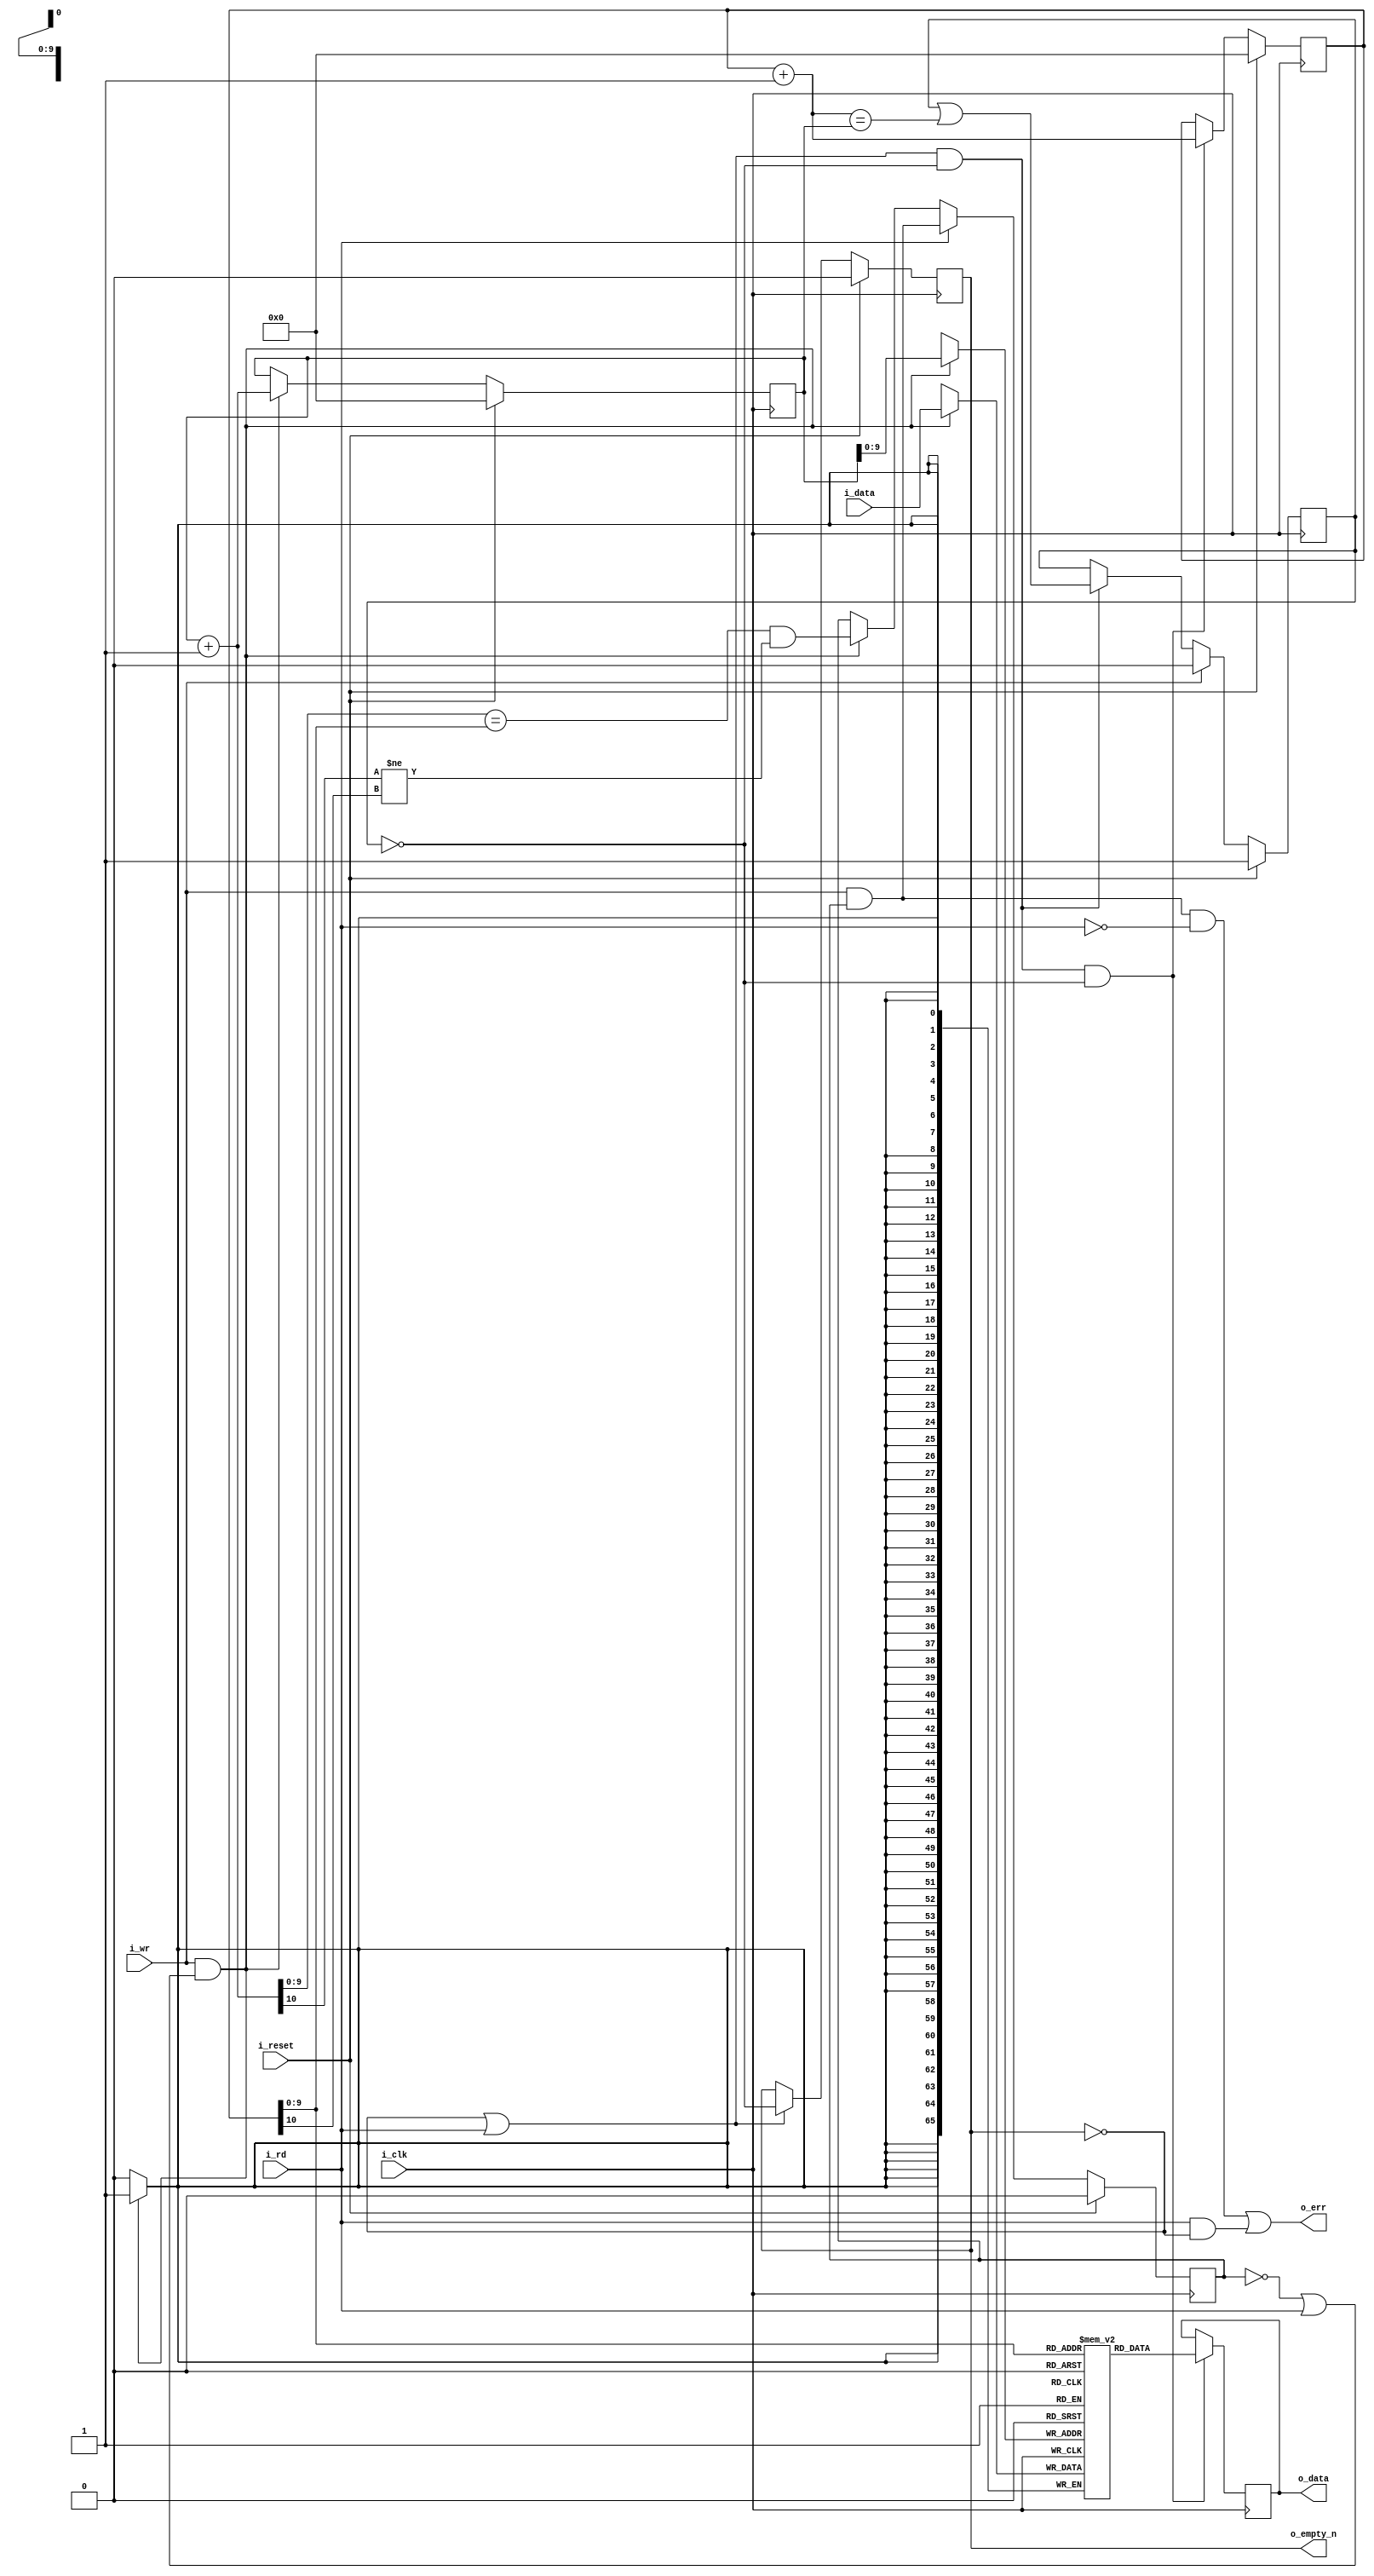
////////////////////////////////////////////////////////////////////////////////
//
//
// Project:	FPGA library
//
// Purpose:	This was once a FIFO for a UART ... but now it works as a
//		synchronous FIFO for JTAG-wishbone conversion 36-bit codewords. 
//
//
// Creator:	Dan Gisselquist, Ph.D.
//		Gisselquist Technology, LLC
//
////////////////////////////////////////////////////////////////////////////////
//
// Copyright (C) 2015-2020, Gisselquist Technology, LLC
//
// This program is free software (firmware): you can redistribute it and/or
// modify it under the terms of  the GNU General Public License as published
// by the Free Software Foundation, either version 3 of the License, or (at
// your option) any later version.
//
// This program is distributed in the hope that it will be useful, but WITHOUT
// ANY WARRANTY; without even the implied warranty of MERCHANTIBILITY or
// FITNESS FOR A PARTICULAR PURPOSE.  See the GNU General Public License
// for more details.
//
// You should have received a copy of the GNU General Public License along
// with this program.  (It's in the $(ROOT)/doc directory.  Run make with no
// target there if the PDF file isn't present.)  If not, see
// <http://www.gnu.org/licenses/> for a copy.
//
// License:	GPL, v3, as defined and found on www.gnu.org,
//		http://www.gnu.org/licenses/gpl.html
//
//
////////////////////////////////////////////////////////////////////////////////
//
//
`default_nettype none
//
module wbufifo(i_clk, i_reset, i_wr, i_data, i_rd, o_data, o_empty_n, o_err);
	parameter	BW=66, LGFLEN=10;
	input	wire		i_clk, i_reset;
	input	wire		i_wr;
	input	wire [(BW-1):0]	i_data;
	input	wire		i_rd;
	output	reg [(BW-1):0]	o_data;
	output	reg		o_empty_n;
	output	wire		o_err;

	localparam	FLEN=(1<<LGFLEN);

	reg	[(BW-1):0]	fifo[0:(FLEN-1)];
	reg	[LGFLEN:0]	r_wrptr, r_rdptr;
	wire	[LGFLEN:0]	nxt_wrptr, nxt_rdptr;
	reg			will_overflow,will_underflow, r_empty_n;
	wire			w_write, w_read;

	assign	w_write = (i_wr && (!will_overflow || i_rd));
	assign	w_read  = (i_rd||!o_empty_n) && !will_underflow;

	assign	nxt_wrptr = r_wrptr + 1;
	assign	nxt_rdptr = r_rdptr + 1;

	initial	will_overflow = 1'b0;
	always @(posedge i_clk)
	if (i_reset)
		will_overflow <= 1'b0;
	else if (i_rd)
		will_overflow <= (will_overflow)&&(i_wr);
	else if (w_write)
		will_overflow <= (nxt_wrptr[LGFLEN-1:0] == r_rdptr[LGFLEN-1:0])
			&&(nxt_wrptr[LGFLEN] != r_rdptr[LGFLEN]);
	// else if (nxt_wrptr == r_rdptr)
	//	will_overflow <= 1'b1;

	// Write
	initial	r_wrptr = 0;
	always @(posedge i_clk)
	if (i_reset)
		r_wrptr <= 0;
	else if (w_write)
		r_wrptr <= nxt_wrptr;

	always @(posedge i_clk)
	if (w_write)
		fifo[r_wrptr[LGFLEN-1:0]] <= i_data;

	// Reads
	//	Following a read, the next sample will be available on the
	//	next clock
	//	Clock	ReadCMD	ReadAddr	Output
	//	0	0	0		fifo[0]
	//	1	1	0		fifo[0]
	//	2	0	1		fifo[1]
	//	3	0	1		fifo[1]
	//	4	1	1		fifo[1]
	//	5	1	2		fifo[2]
	//	6	0	3		fifo[3]
	//	7	0	3		fifo[3]
	initial	will_underflow = 1'b1;
	always @(posedge i_clk)
	if (i_reset)
		will_underflow <= 1'b1;
	else if (i_wr)
		will_underflow <= 1'b0;
	else if (w_read)
		will_underflow <= (will_underflow) || (nxt_rdptr==r_wrptr);

	initial	r_rdptr = 0;
	always @(posedge i_clk)
	if (i_reset)
		r_rdptr <= 0;
	else if (w_read && r_empty_n)
		r_rdptr <= r_rdptr + 1;

	always @(posedge i_clk)
	if (w_read && r_empty_n)
		o_data<= fifo[r_rdptr[LGFLEN-1:0]];

	assign	o_err = ((i_wr)&&(will_overflow)&&(!i_rd))
				||(i_rd && !o_empty_n);

	always @(*)
		r_empty_n = !will_underflow;

	initial	o_empty_n = 1'b0;
	always @(posedge i_clk)
	if (i_reset)
		o_empty_n <= 1'b0;
	else if (!o_empty_n || i_rd)
		o_empty_n <= r_empty_n;

`ifdef	FORMAL
	reg	[LGFLEN:0]	f_fifo_fill;

	always @(*)
		assert(r_empty_n == (f_fifo_fill != 0));
	always @(*)
		assert(r_empty_n == !will_underflow);
	always @(*)
	if (f_fifo_fill > 1)
		assert(o_empty_n);
	always @(*)
		assert(will_underflow == (f_fifo_fill == 0));
	always @(*)
		f_fifo_fill = r_wrptr - r_rdptr;

	always @(*)
		assert(f_fifo_fill <= (1<<LGFLEN));

	always @(*)
		assert(will_overflow == (f_fifo_fill == {1'b1,{(LGFLEN){1'b0}}}));


	always @(*)
	if (!f_past_valid)
	begin
		assert(!r_empty_n);
		assert(!o_empty_n);
		assert(f_fifo_fill == 0);
		assert(r_wrptr == 0);
		assert(r_rdptr == 0);
	end

	////////////////////////////////////////////////////////////////////////
	//
	// Formal methods section
	//
	////////////////////////////////////////////////////////////////////////
	//
	//
	reg	f_past_valid;
	initial	f_past_valid = 0;
	always @(posedge i_clk)
		f_past_valid <= 1;

	(* anyconst *) reg	[LGFLEN:0]	f_first_addr;
	reg	[BW-1:0]	f_first, f_second;
	reg	[LGFLEN:0]	f_second_addr, f_third_addr;
	reg			f_first_in_fifo, f_second_in_fifo;
	reg	[LGFLEN:0]	f_distance_to_first, f_distance_to_second;

	always @(*)
		f_second_addr = f_first_addr + 1;

	always @(*)
		f_third_addr = f_second_addr + 1;

	always @(posedge i_clk)
	if ((!i_reset)&&(w_write))
	begin
		if (r_wrptr == f_first_addr)
			f_first <= i_data;
		if (r_wrptr == f_second_addr)
			f_second <= i_data;
	end

/*
	always @(posedge i_clk)
	if (i_rd && f_first_in_fifo && (r_rdptr == f_first_addr) && !will_underflow)
		assert(o_data == f_first);

	always @(posedge i_clk)
	if (i_rd && f_second_in_fifo && (r_rdptr == f_second_addr) && !will_underflow)
		assert(o_data == f_second);
*/

	////////////////////////////////////////////////////////////////////////
	//
	// Induction properties
	//
	////////////////////////////////////////////////////////////////////////
	//
	//
	reg	[1:0]	f_state;

	always @(*)
	begin
		f_distance_to_first = (f_first_addr - r_rdptr);
		f_first_in_fifo = (f_distance_to_first < f_fifo_fill)
				&&(f_fifo_fill > 0);
		if (fifo[f_first_addr[LGFLEN-1:0]] != f_first)
			f_first_in_fifo = 0;

		if ((o_data == f_first)&&(r_rdptr == f_second_addr)
			&&(o_empty_n))
			f_first_in_fifo = 1;
	end

	always @(*)
	begin
		f_distance_to_second = (f_second_addr - r_rdptr);
		f_second_in_fifo = (f_distance_to_second < f_fifo_fill)
				&&(f_fifo_fill > 0);
		if (fifo[f_second_addr[LGFLEN-1:0]] != f_second)
			f_second_in_fifo = 0;

		if ((o_data == f_second)&&(r_rdptr == f_third_addr)
			&&(o_empty_n))
			f_second_in_fifo = 1;
	end

	initial	f_state = 0;
	always @(posedge i_clk)
	if (i_reset || o_err)
		f_state <= 0;
	else case(f_state)
	2'b00: begin
		if (w_write && r_wrptr == f_first_addr)
			f_state <= 1;
		end
	2'b01: begin
		if (i_rd)
			f_state <= 0;
		else if (w_write && r_wrptr == f_second_addr)
			f_state <= 2'b10;
		end
	2'b10: begin
		if (w_read && r_rdptr == f_second_addr)
			f_state <= 2'b11;
		end
	2'b11: begin
		if (i_rd)
			f_state <= 2'b00;
		end
	endcase

//	always @(*)
//	if (!o_empty_n)
//		assert(o_data == fifo[r_rdptr]);

	always @(*)
	case(f_state)
	2'b00: begin end
	2'b01: begin
		assert(f_first_in_fifo);
		if (r_rdptr == f_second_addr)
			assert(o_data == f_first && o_empty_n);
		else
			assert(r_empty_n);
		assert(fifo[f_first_addr[LGFLEN-1:0]] == f_first
			||(r_rdptr == f_second_addr));
		end
	2'b10: begin
		assert(f_first_in_fifo);
		assert(o_empty_n);
		assert(r_empty_n);
		assert((fifo[f_first_addr[LGFLEN-1:0]] == f_first)
			||(o_data == f_first));
		if (r_rdptr == f_second_addr)
			assert(o_data == f_first);

		assert(f_second_in_fifo);
		assert(fifo[f_second_addr[LGFLEN-1:0]] == f_second);
		// assert(o_data == f_first);
		end
	2'b11: begin
		assert(o_empty_n);
		assert(r_rdptr == f_third_addr);
		assert(f_second_in_fifo);
		// assert(fifo[f_second_addr[LGFLEN-1:0]] == f_second);
		assert(o_data == f_second);
		end
	endcase

	always @(posedge i_clk)
	if (f_past_valid && i_wr && will_overflow && !i_rd)
		assert(o_err);

	always @(posedge i_clk)
	if (i_rd && !o_empty_n)
		assert(o_err);

`endif
endmodule